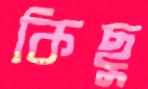
কিছু